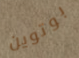
بوتوين